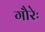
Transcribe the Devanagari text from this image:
गौरेः